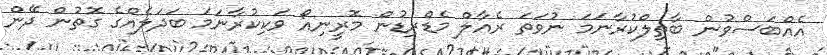
އެއްބަސްވުން ބާތިލްކުރާނަމަ ނުވަތަ ރެއާލް މެޑްރިޑުން މޮރީނިއޯ ވަކިކުރާނަމަ ބަދަލެއްގެ ގޮތުން ދޭން